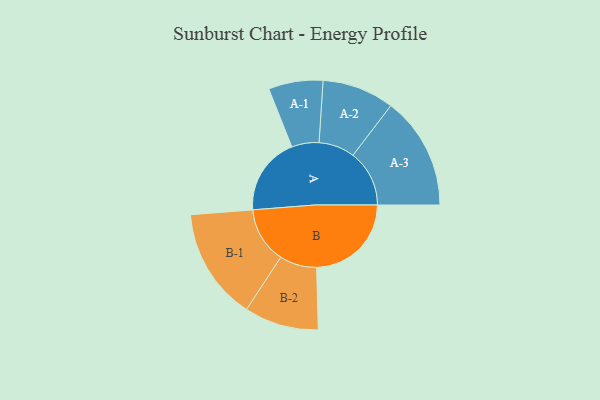
{"axis": {"x": "Segment", "y": "Value"}, "legend": ["", "A", "B"], "data": [{"x": "A", "y": 398, "type": ""}, {"x": "B", "y": 484, "type": ""}, {"x": "A-1", "y": 139, "type": "A"}, {"x": "A-2", "y": 184, "type": "A"}, {"x": "A-3", "y": 288, "type": "A"}, {"x": "B-1", "y": 286, "type": "B"}, {"x": "B-2", "y": 190, "type": "B"}]}